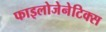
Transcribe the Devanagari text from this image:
फाइलोजेनेटिक्स